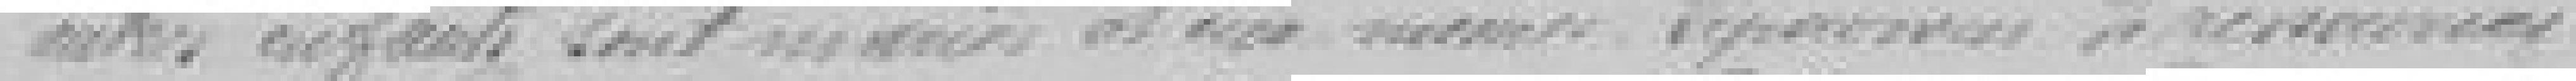
autres enfants sont mariés et    de ressources